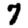
Digit: 7